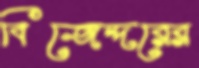
বিজেন্দরের